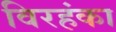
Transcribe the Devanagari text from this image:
विरहंका